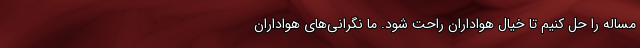
مساله را حل کنیم تا خیال هواداران راحت شود. ما نگرانی‌های هواداران